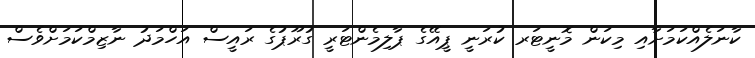
ކާނަލެއްކަމަށާއި މިކަން މޮނީޓަރ ކުރަނީ ޕީއޭގެ ޕާލިމެންޓަރީ ގުރޫޕުގެ ރައީސް އަހްމަދު ނާޒިމްކަމަށްވެސް